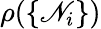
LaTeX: \rho(\{ \mathscr{N}_{i}\} )